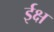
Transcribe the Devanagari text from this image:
ईक्ष